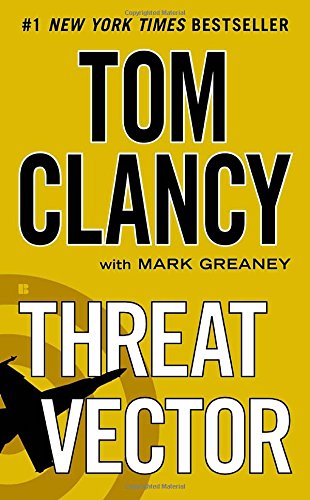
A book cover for Threat Vector (Jack Ryan, Jr.); Tom Clancy; Mystery, Thriller & Suspense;